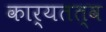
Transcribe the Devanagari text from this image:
कार्यतत्व